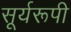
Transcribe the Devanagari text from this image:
सूर्यरूपी